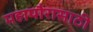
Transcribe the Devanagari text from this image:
महापौरासाठी